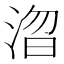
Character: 㳷